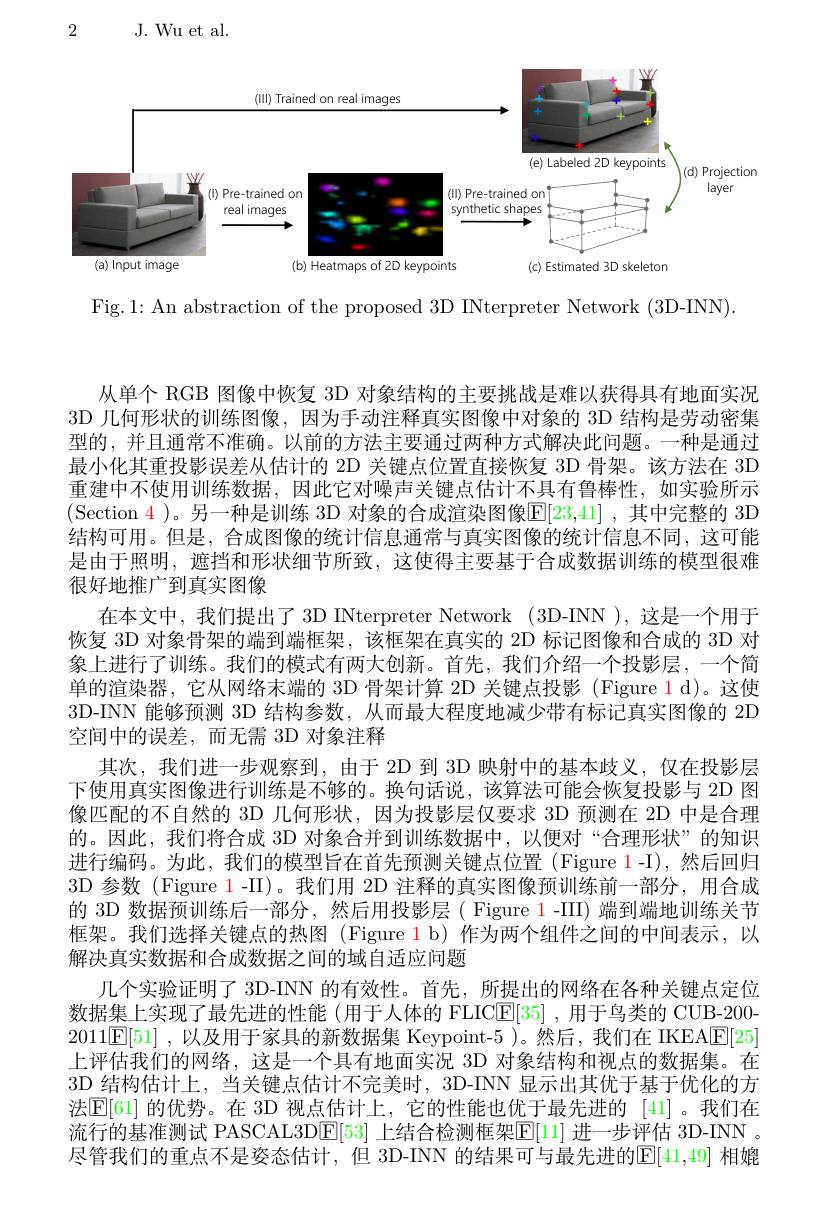
2

J. Wu et al.

<FigureHere>

Fig.1: An abstraction of the proposed 3D INterpreter Network (3D-INN).

从单个 RGB 图像中恢复 3D 对象结构的主要挑战是难以获得具有地面实况3D 几何形状的训练图像，因为手动注释真实图像中对象的 3D 结构是劳动密集型的，并且通常不准确。以前的方法主要通过两种方式解决此问题。一种是通过最小化其重投影误差从估计的 2D 关键点位置直接恢复 3D 骨架。该方法在 3D 重建中不使用训练数据，因此它对噪声关键点估计不具有鲁棒性，如实验所示(Section 4 )。另一种是训练 3D 对象的合成渲染图像$\overline {\mathbb{E} }[ 23, 41]$ , 其中完整的 3D 结构可用。但是，合成图像的统计信息通常与真实图像的统计信息不同，这可能是由于照明，遮挡和形状细节所致，这使得主要基于合成数据训练的模型很难很好地推广到真实图像
在本文中，我们提出了 3D INterpreter Network (3D-INN ), 这是一个用于恢复 3D 对象骨架的端到端框架，该框架在真实的 2D 标记图像和合成的 3D 对象上进行了训练。我们的模式有两大创新。首先，我们介绍一个投影层，一个简单的渲染器，它从网络末端的 3D 骨架计算 2D 关键点投影 (Figure 1 d)。这使3D-INN 能够预测 3D 结构参数，从而最大程度地减少带有标记真实图像的 2D 空间中的误差，而无需 3D 对象注释
其次，我们进一步观察到，由于 2D 到 3D 映射中的基本歧义，仅在投影层下使用真实图像进行训练是不够的。换句话说，该算法可能会恢复投影与 2D 图像匹配的不自然的 3D 几何形状，因为投影层仅要求 3D 预测在 2D 中是合理的。因此，我们将合成 3D 对象合并到训练数据中，以便对“合理形状”的知识进行编码。为此，我们的模型旨在首先预测关键点位置 (Figure 1-I),然后回归3D 参数 (Figure 1-II)。我们用 2D 注释的真实图像预训练前一部分，用合成的 3D 数据预训练后一部分，然后用投影层( Figure 1 -III) 端到端地训练关节框架。我们选择关键点的热图 (Figure 1 b) 作为两个组件之间的中间表示，以解决真实数据和合成数据之间的域自适应问题
几个实验证明了 3D-INN 的有效性。首先，所提出的网络在各种关键点定位数据集上实现了最先进的性能(用于人体的 FLIC$\underline {\mathrm{E} }[ 35]$ ,用于鸟类的 CUB-200- $2011[ \mathbb{E} [ 51]$ ,以及用于家具的新数据集 Keypoint-5 )。然后，我们在 IKEA[F[25] 上评估我们的网络，这是一个具有地面实况 3D 对象结构和视点的数据集。在3D 结构估计上，当关键点估计不完美时，3D-INN 显示出其优于基于优化的方法$\underline{\mathrm{E}}[61]$ 的优势。在 3D 视点估计上，它的性能也优于最先进的 [41] 。我们在流行的基准测试 PASCAL3D$\boxed{\mathrm{E}}[53]$ 上结合检测框架$\boxed{\mathrm{E}}[11]$ 进一步评估 3D-INN 。尽管我们的重点不是姿态估计，但 3D-INN 的结果可与最先进的E[41,49] 相媲